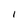
Character: I